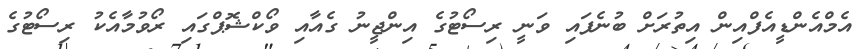
އެމްއެންޑީއެފްއިން އިތުރަށް ބުނެފައި ވަނީ ރިސޯޓުގެ އިންޖީނު ގެއާއި ވޯކްޝޮޕްގައި ރޯވުމާއެކު ރިސޯޓުގެ